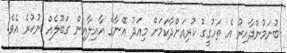
ބުނަމުންދާއިރު އެ ތަހުގީގު ކުރިއަށްދާކަމަށް މިއަދު އޭނާގެ އާއިލާއިން ގަބޫލެއް ނުކުރެ އެވެ.